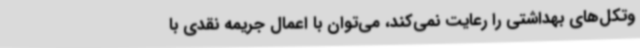
وتکل‌های بهداشتی را رعایت نمی‌کند، می‌توان با اعمال جریمه نقدی با